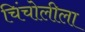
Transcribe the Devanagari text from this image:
चिंचोलीला